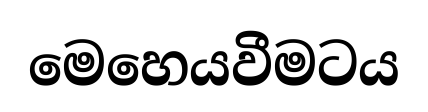
මෙහෙයවීමටය